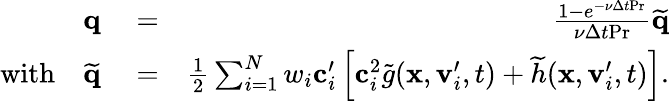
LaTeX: \begin{array}{rlr}{\mathbf q}&{{}=}&{\frac{1-e^{-\nu\Delta t\textrm{Pr}}}{\nu\Delta t\textrm{Pr}}\widetilde{\mathbf{q}}}\\ {\textrm{with}\quad\widetilde{\mathbf{q}}}&{{}=}&{\frac{1}{2}\sum_{i=1}^{N}w_{i}\mathbf c_{i}^{\prime}\left[\mathbf c_{i}^{2}\widetilde{g}(\mathbf x,\mathbf v_{i}^{\prime},t)+\widetilde{h}(\mathbf x,\mathbf v_{i}^{\prime},t)\right].}\end{array}